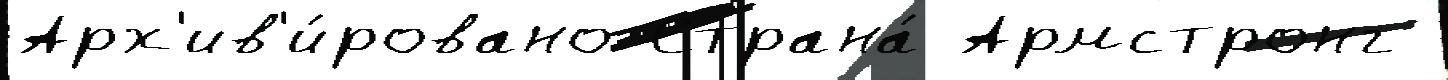
Арх'ив'и́ровано Страна́ Армстронг